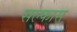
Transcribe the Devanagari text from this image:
सल्फास